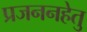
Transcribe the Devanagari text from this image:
प्रजननहेतु